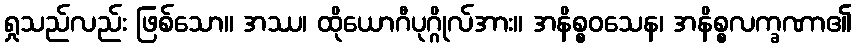
ရှုသည်လည်း ဖြစ်သော။ အဿ၊ ထိုယောဂီပုဂ္ဂိုလ်အား။ အနိစ္စဝသေန၊ အနိစ္စလက္ခဏာ၏